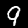
Digit: 9